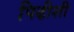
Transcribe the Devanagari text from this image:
पिढीशी